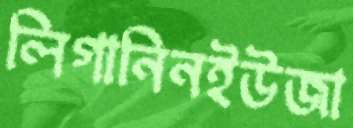
লিগানিনইউজা